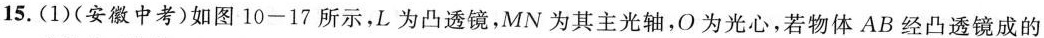
15.(1)(安徽中考)如图10-17所示，L为凸透镜，MN为其主光轴，O为光心，若物体AB经凸透镜成的